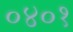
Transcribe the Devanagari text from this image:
०४०१